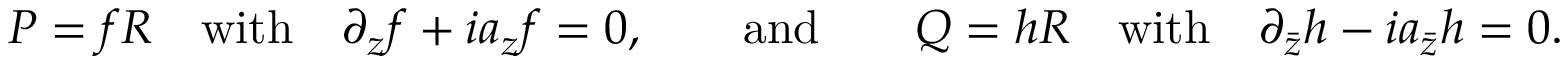
P = f R \quad \mathrm { w i t h } \quad \partial _ { z } f + i a _ { z } f = 0 , \qquad \mathrm { a n d } \qquad Q = h R \quad \mathrm { w i t h } \quad \partial _ { \bar { z } } h - i a _ { \bar { z } } h = 0 .